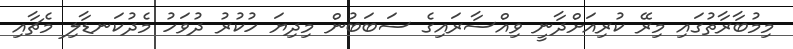
މިމުބާރާތުގައި މިރޭ ކުރިއަށްދާނީ ވިއްސާރައިގެ ސަބަބުން މިދިޔަ ހުކުރު ދުވަހު މެދުކަނޑާލި މެޗާއި